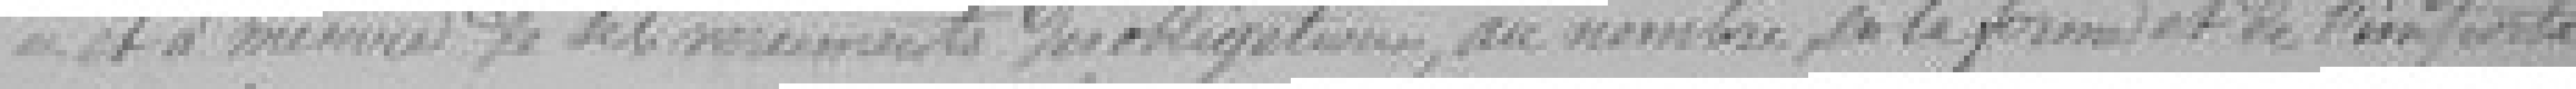
et à mesure de ses versements des obligations, au nombre, de la forme et de l'importance